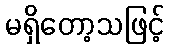
မရှိတော့သဖြင့်